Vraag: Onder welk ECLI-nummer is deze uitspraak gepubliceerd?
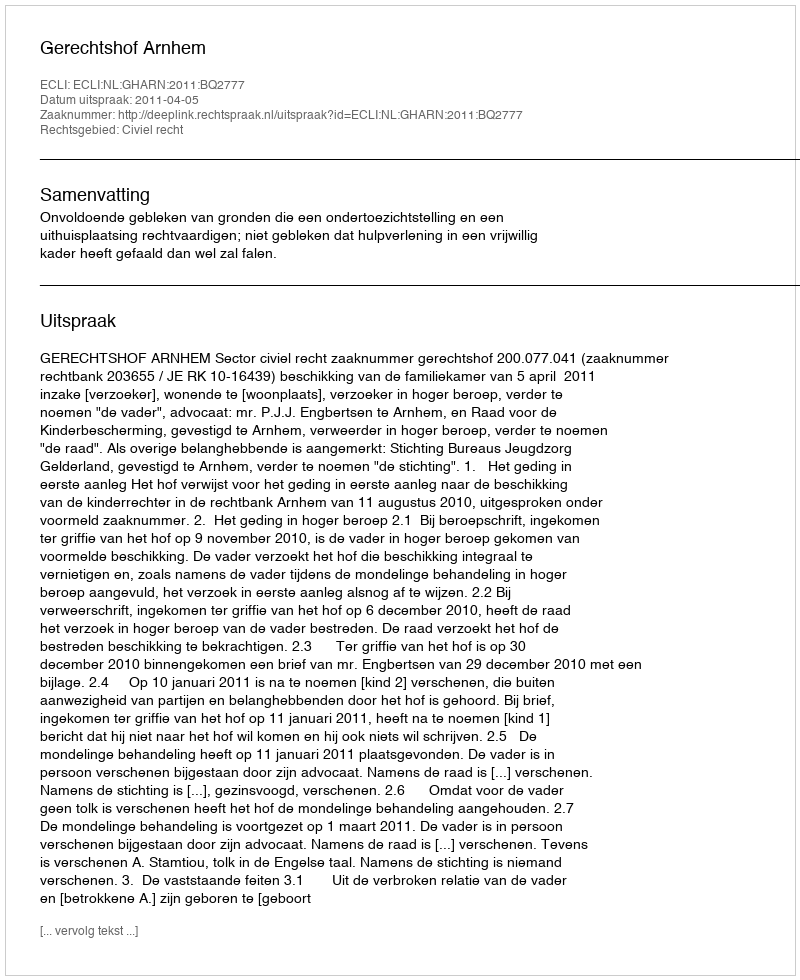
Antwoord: ECLI:NL:GHARN:2011:BQ2777